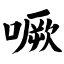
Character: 噘